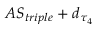
A S _ { t r i p l e } + d _ { \tau _ { 4 } }